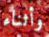
وأثناء